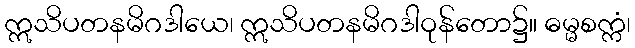
ဣသိပတနမိဂဒါယေ၊ ဣသိပတနမိဂဒါဝုန်တော၌။ ဓမ္မစက္ကံ၊